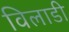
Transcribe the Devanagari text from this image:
विलाडी